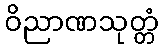
ဝိညာဏသုတ္တံ